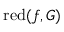
\operatorname { r e d } ( f , G )